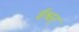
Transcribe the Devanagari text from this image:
ईश्वर्